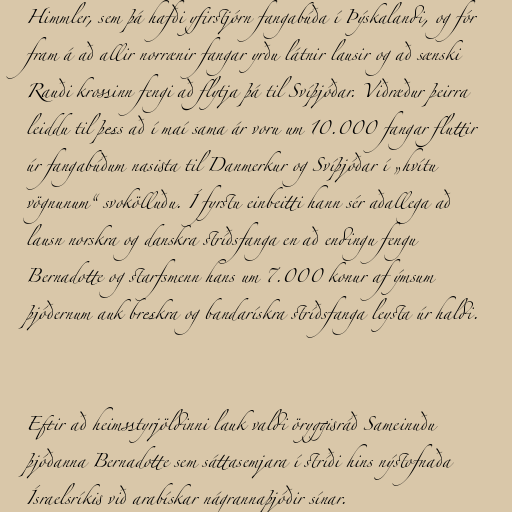
Himmler, sem þá hafði yfirstjórn fangabúða í Þýskalandi, og fór
fram á að allir norrænir fangar yrðu látnir lausir og að sænski
Rauði krossinn fengi að flytja þá til Svíþjóðar. Viðræður þeirra
leiddu til þess að í maí sama ár voru um 10.000 fangar fluttir
úr fangabúðum nasista til Danmerkur og Svíþjóðar í „hvítu
vögnunum“ svokölluðu. Í fyrstu einbeitti hann sér aðallega að
lausn norskra og danskra stríðsfanga en að endingu fengu
Bernadotte og starfsmenn hans um 7.000 konur af ýmsum
þjóðernum auk breskra og bandarískra stríðsfanga leysta úr haldi.

Eftir að heimsstyrjöldinni lauk valdi öryggisráð Sameinuðu
þjóðanna Bernadotte sem sáttasemjara í stríði hins nýstofnaða
Ísraelsríkis við arabískar nágrannaþjóðir sínar.